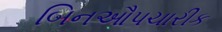
બિનઔપચારીક